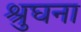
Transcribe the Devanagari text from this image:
श्रुघना